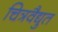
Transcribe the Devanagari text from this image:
चित्रवैद्युत